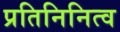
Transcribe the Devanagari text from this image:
प्रतिनिनित्व